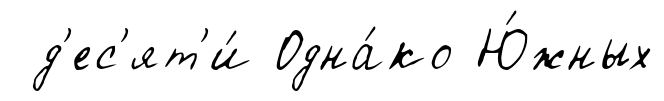
д'ес'ят'и́ Одна́ко Ю́жных